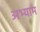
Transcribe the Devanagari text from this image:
अभ्याम